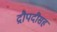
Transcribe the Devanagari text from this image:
द्रौपदीसह